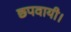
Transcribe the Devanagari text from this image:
छपवायी।